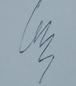
Signature authenticity: genuine